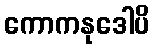
ကောကနုဒေါပိ